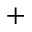
^ +